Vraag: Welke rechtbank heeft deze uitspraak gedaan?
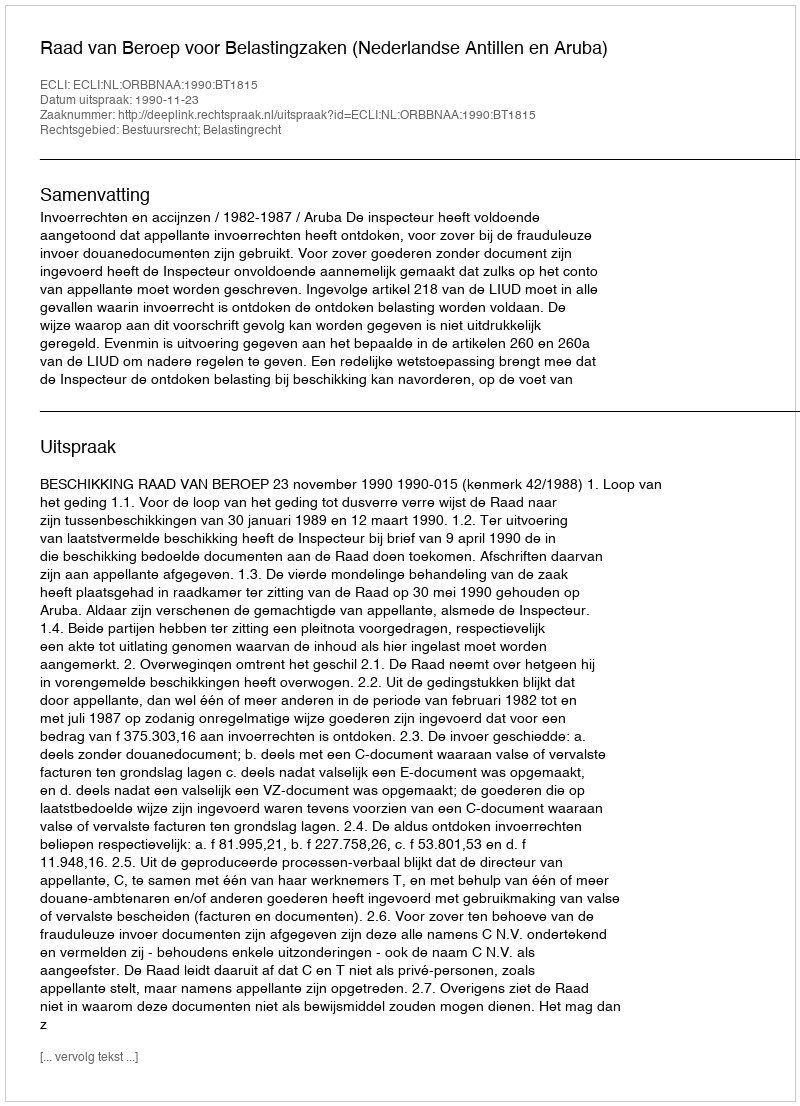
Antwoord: Raad van Beroep voor Belastingzaken (Nederlandse Antillen en Aruba)